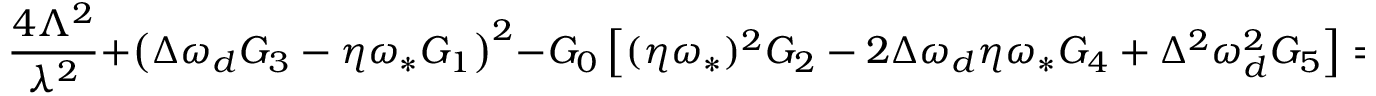
\frac { 4 \Lambda ^ { 2 } } { \lambda ^ { 2 } } + \left( \Delta \omega _ { d } G _ { 3 } - \eta \omega _ { \ast } G _ { 1 } \right) ^ { 2 } - G _ { 0 } \left[ ( \eta \omega _ { \ast } ) ^ { 2 } G _ { 2 } - 2 \Delta \omega _ { d } \eta \omega _ { \ast } G _ { 4 } + \Delta ^ { 2 } \omega _ { d } ^ { 2 } G _ { 5 } \right] = \Delta ^ { 2 } k _ { \| } ^ { 2 } v _ { t h } ^ { 2 } G _ { 0 } ^ { 2 } / 2 .